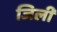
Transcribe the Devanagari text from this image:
जिली